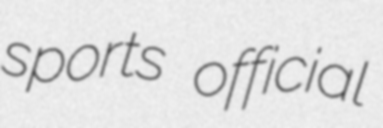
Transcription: sports official